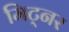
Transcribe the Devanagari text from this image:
मिट्नर